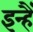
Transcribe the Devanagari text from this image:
इन्हैँ